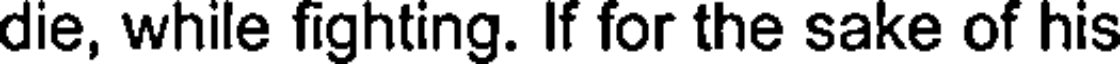
die, while fighting. If for the sake of his